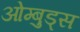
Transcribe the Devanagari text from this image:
ओम्बुड्स